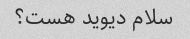
سلام دیوید هست؟